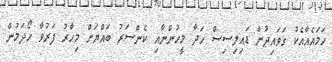
ހަމައެއާއެކު ގަވައިދުން ޑައިލިސިސް ހަދާ މީހުންނާއި ކެންސަރު ބައްޔަށް މިހާރު ފަރުވާ ހޯދަމުން